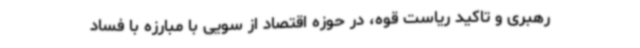
رهبری و تاکید ریاست قوه، در حوزه اقتصاد از سویی با مبارزه با فساد